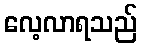
လေ့လာရသည်